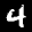
Label: 4